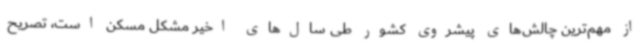
از مهم‌ترین چالش‌های پیشروی کشور طی سال‌های اخیر مشکل مسکن است، تصریح